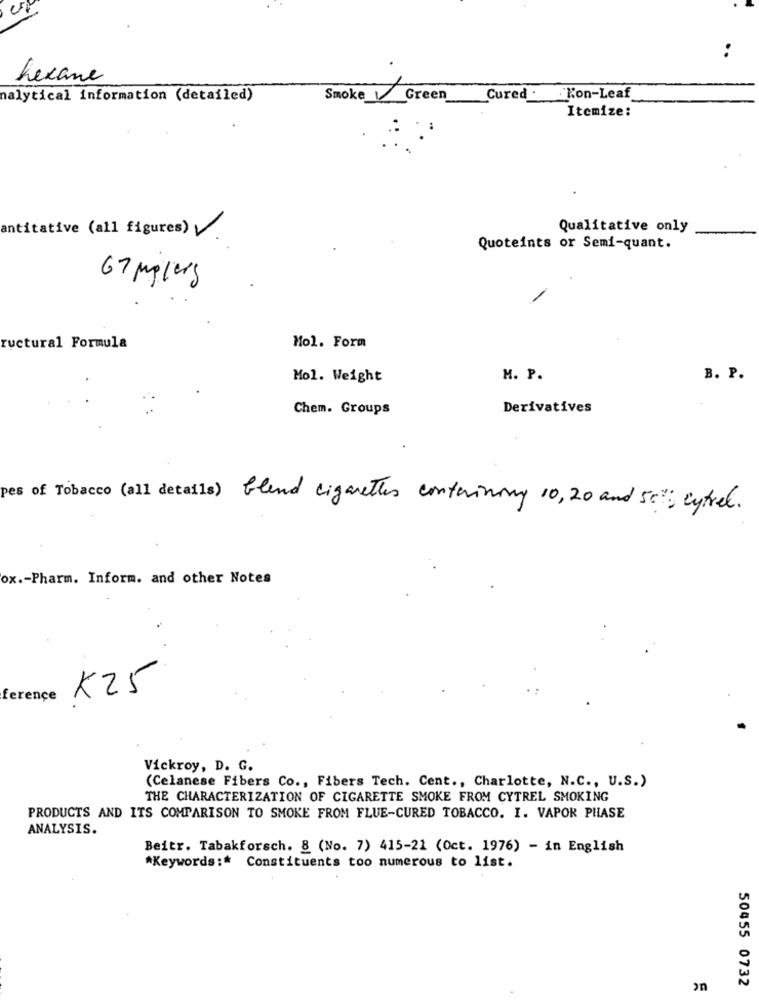
:
hexane
nalytical information (detailed)
Smoke Green
Cured . Kon-Leaf
Itemize:
Qualitative only
antitative (all figures) V.
Quoteints or Semi-quant.
67 milers
-
ructural Formula
Mol. Form
Mol. Weight
M. P.
B. P.
Chem. Groups
Derivatives
pes of Tobacco (all details) blend cigarettes containing 10,20 and 50%; cykel.
ox .- Pharm. Inform. and other Notes
K25
ferençe
Vickroy, D. G.
(Celanese Fibers Co ., Fibers Tech. Cent ., Charlotte, N.C ., U.S.)
THE CHARACTERIZATION OF CIGARETTE SMOKE FROM CYTREL SMOKING
PRODUCTS AND ITS COMPARISON TO SMOKE FROM FLUE-CURED TOBACCO. I. VAPOR PHASE
ANALYSIS.
Beitr. Tabakforsch. 8 (No. 7) 415-21 (Oct. 1976) - in English
*Keywords :* Constituents too numerous to list.
50455 0732